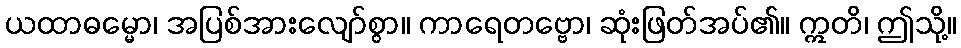
ယထာဓမ္မော၊ အပြစ်အားလျော်စွာ။ ကာရေတဗ္ဗော၊ ဆုံးဖြတ်အပ်၏။ ဣတိ၊ ဤသို့။